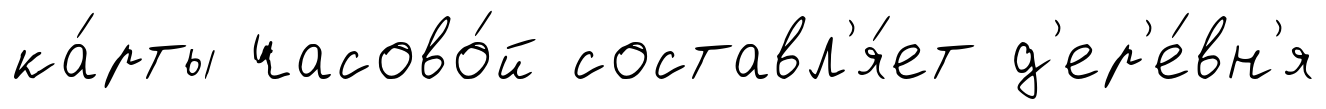
ка́рты часово́й составл'я́ет д'ер'е́вн'я